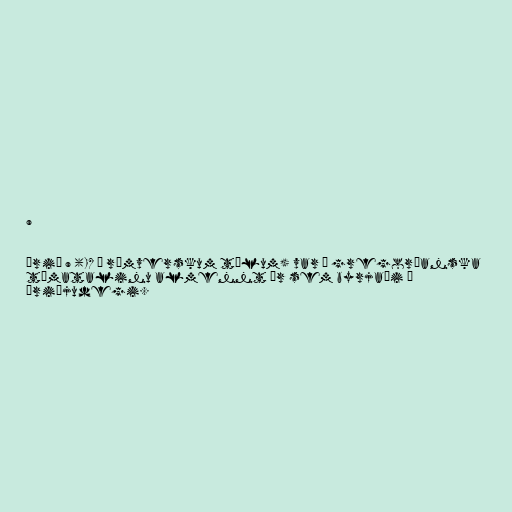
9

Árið 9 (IX í rómverskum tölum) var í gregoríanska
tímatalinu almennt ár sem byrjaði á
þriðjudegi.